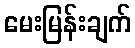
မေးမြန်းချက်